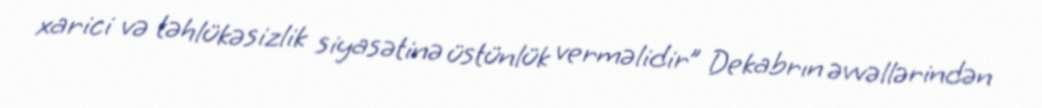
xarici və təhlükəsizlik siyasətinə üstünlük verməlidir” Dekabrın əvvəllərindən